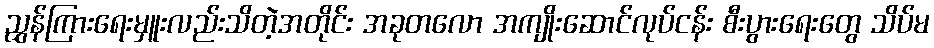
ညွှန်ကြားရေးမှူးလည်းသိတဲ့အတိုင်း အခုတလော အကျိုးဆောင်လုပ်ငန်း စီးပွားရေးတွေ သိပ်မ